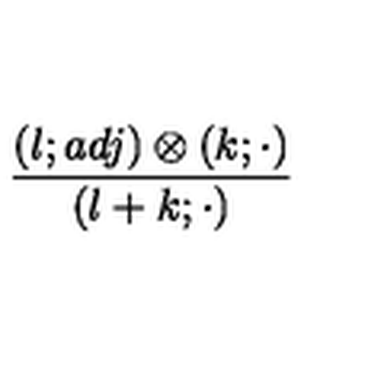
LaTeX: { \frac { ( l ; a d j ) \otimes ( k ; \cdot ) } { ( l + k ; \cdot ) } }